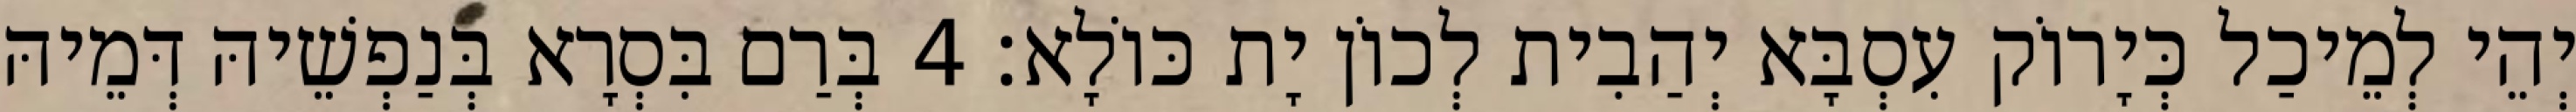
יְהֵי לְמֵיכַל כְּיָרוֹק עִסְבָּא יְהַבִית לְכוֹן יָת כּוֹלָא׃ 4 בְּרַם בִּסְרָא בְּנַפְשֵׁיהּ דְּמֵיהּ